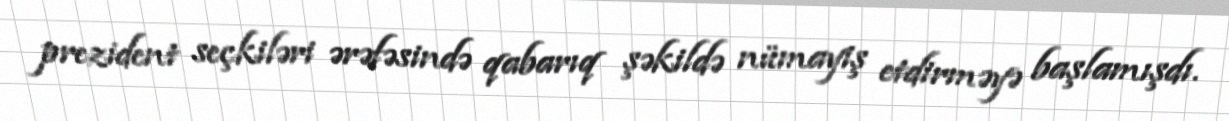
prezident seçkiləri ərəfəsində qabarıq şəkildə nümayiş etdirməyə başlamışdı.